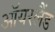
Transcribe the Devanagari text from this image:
ऑयरलैंड